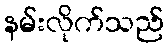
နမ်းလိုက်သည်